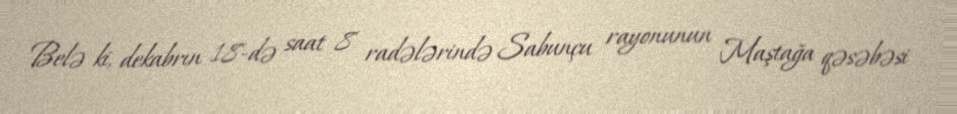
Belə ki, dekabrın 18-də saat 8 radələrində Sabunçu rayonunun Maştağa qəsəbəsi